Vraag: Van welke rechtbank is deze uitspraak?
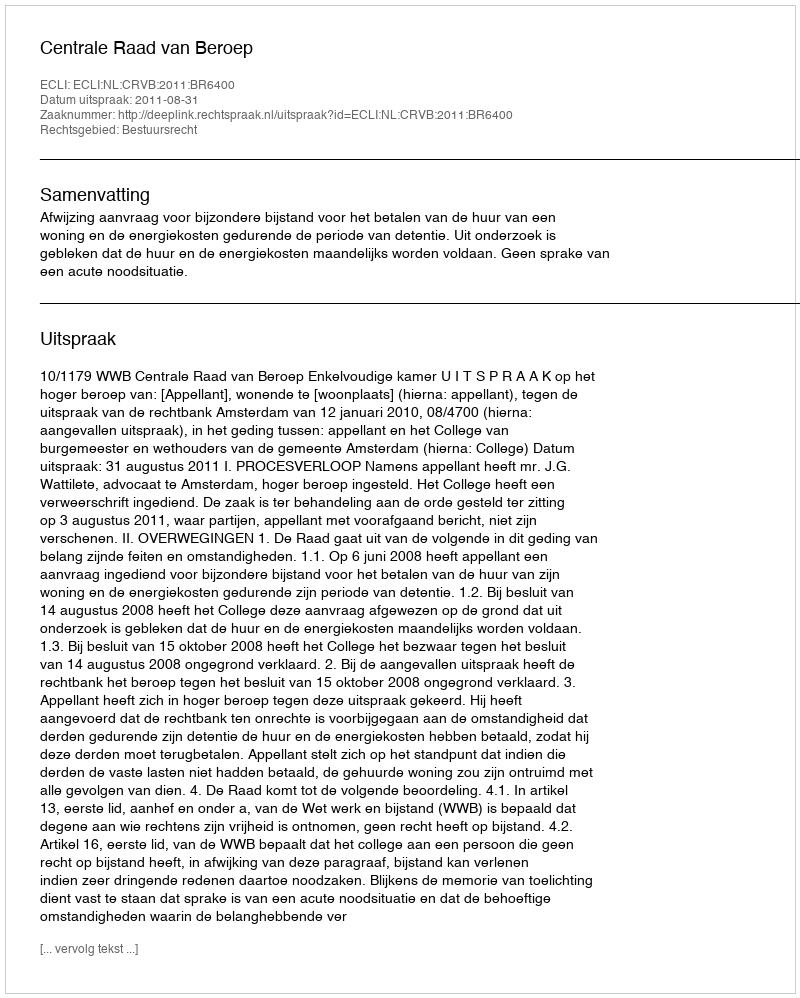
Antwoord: Centrale Raad van Beroep